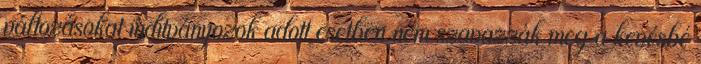
változásokat indítványozok adott esetben nem szavazzák meg a kevésbé